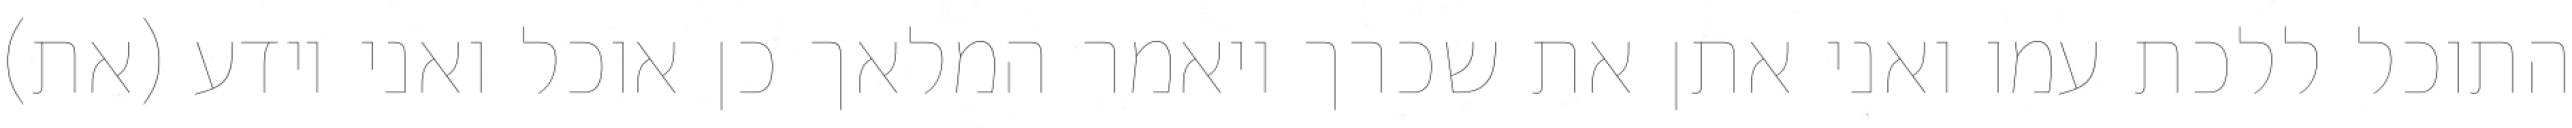
התוכל ללכת עמו ואני אתן את שכרך ויאמר המלאך כן אוכל ואני יודע (את)